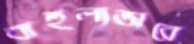
বাহুল্যভাবে